Indian journal of veterinary science and animal husbandry - Volume 7,
Year: 1937
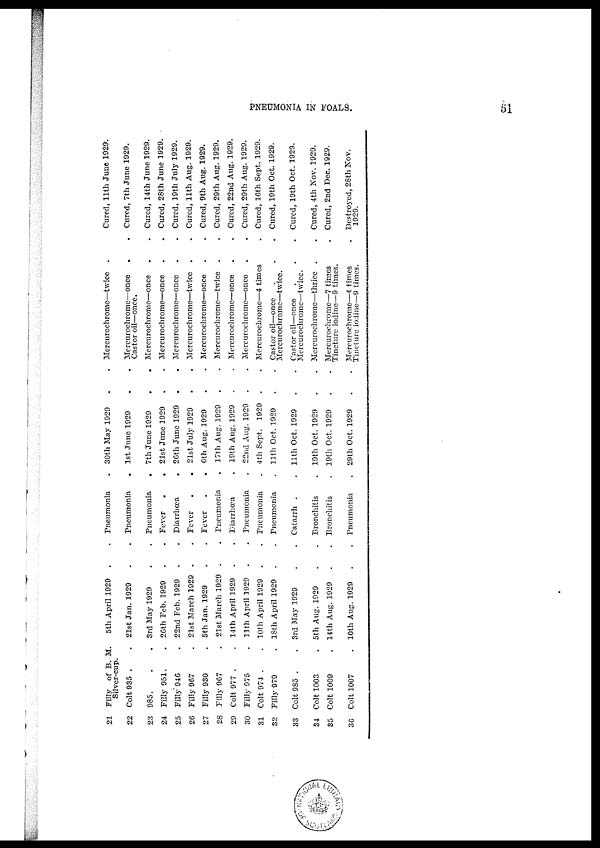
PNEUMONIA IN FOALS.
51
21
22
23
24
25
26
27
28
29
30
31
32
33
34
35
36
Filly of B. M.
Silver-cup.
Colt, 935 . .
985. . .
Filly 951. .
Filly 946 .
Filly 967 .
Filly 930 .
Filly 967 .
Colt 977 . .
Filly 975 .
Colt 974 . .
Filly 979 .
Colt 985 . .
Colt 1003 .
Colt 1009 .
Colt 1007 .
5th April 1929 . .
21st Jan.1929 . .
3rd May 1929 . .
26th Feb. 1929 . .
22nd Feb. 1929 . .
21st March 1929 . .
5th Jan. 1929 . .
21st March 1929 . .
14th April 1929 . .
11th April 1929 . .
10th April 1929 . .
18th April 1929 . .
3rd May 1929 . .
5th Aug. 1929 . .
14th Aug. 1929 . .
10th Aug. 1929 . .
Pneumonia
Pneumonia
Pneumonia
Fever .
Diarrhœa
Fever .
Fever .
Pneumonia
Diarrhœa
Pneumonia
Pneumonia
Pneumonia
Catarrh .
Bronchitis
Bronchitis
Pneumonia
. 30th May 1929 .
. 1st June 1929 .
. 7th June 1929 .
. 21st June 1929 .
. 26th June 1929
.
. 21st July 1929 .
. 6th Aug. 1929 .
. 17th Aug. 1929
.
. 19th Aug. 1929 .
. 22nd Aug. 1929 .
. 4th Sept. 1929 .
. 11th Oct. 1929 .
. 11th Oct. 1929 .
. 19th Oct. 1929 .
. 19th Oct. 1929 .
. 29th Oct. 1929 .
. Mercurochrome—twice
. Mercurochrome—once
Castor
oil—once.
. Mercurochrome —once
. Mercurochrome —once .
. Mercurochrome—once .
. Mercurochrome—twice .
. Mercurochrome—once .
. Mercurochrome—twice .
. Mercurochrome—once .
. Mercurochrome—once .
. Mercurochrome—4 times
. Castor oil—once . .
Mercurochrome—twice.
. Castor oil—once . .
Mercurochrome—twice.
.
Mercurochrome—thrice .
.
Mercurochrome—7 times
Tincture iodine—9 times.
. Mercurochrome—4 times
Tincture iodine—9 times.
. Cured, 11th June 1929.
. Cured, 7th June 1929.
. Cured, 14th June 1929.
. Cured, 28th June 1929.
. Cured, 19th July 1929.
. Cured, 11th Aug. 1929.
. Cured, 9th Aug. 1929.
. Cured, 29th Aug. 1929.
. Cured, 22nd Aug.1929.
. Cured, 29th Aug. 1929.
. Cured, 16th Sept. 1929.
. Cured, 19th Oct. 1929.
. Cured, 19th Oct. 1929.
. Cured, 4th Nov. 1929.
. Cured, 2nd Dec. 1929.
. Destroyed, 28th Nov.
1929.